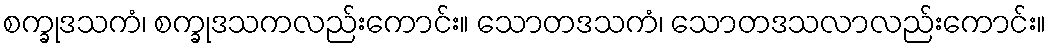
စက္ခုဒသကံ၊ စက္ခုဒသကလည်းကောင်း။ သောတဒသကံ၊ သောတဒသလာလည်းကောင်း။